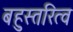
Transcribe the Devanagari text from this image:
बहुस्तरित्व